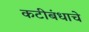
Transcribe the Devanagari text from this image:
कटीबंधाचे